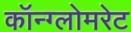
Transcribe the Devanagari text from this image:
कॉन्ग्लोमरेट